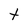
Character: t